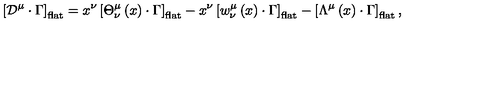
\left[ { \cal D } ^ { \mu } \cdot \Gamma \right] _ { \mathrm { f l a t } } = x ^ { \nu } \left[ { \Theta } _ { \nu } ^ { \mu } \left( x \right) \cdot \Gamma \right] _ { \mathrm { f l a t } } - x ^ { \nu } \left[ w _ { \nu } ^ { \mu } \left( x \right) \cdot \Gamma \right] _ { \mathrm { f l a t } } - \left[ \Lambda ^ { \mu } \left( x \right) \cdot \Gamma \right] _ { \mathrm { f l a t } } ,